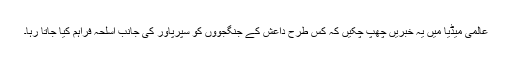
عالمی میڈیا میں یہ خبریں چھپ چکیں کہ کس طرح داعش کے جنگجووں کو سپرپاور کی جانب اسلحہ فراہم کیا جاتا رہا۔